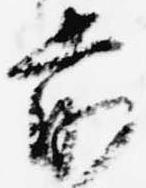
前